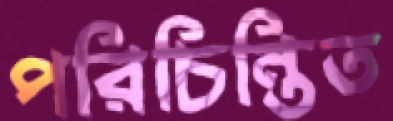
পরিচিন্তিত